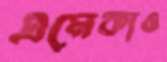
এমেকাও